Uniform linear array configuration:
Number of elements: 4
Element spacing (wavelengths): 1
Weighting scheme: hamming
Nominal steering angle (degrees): -45
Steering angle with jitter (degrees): -43.168
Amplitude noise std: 0.05
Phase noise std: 0.05

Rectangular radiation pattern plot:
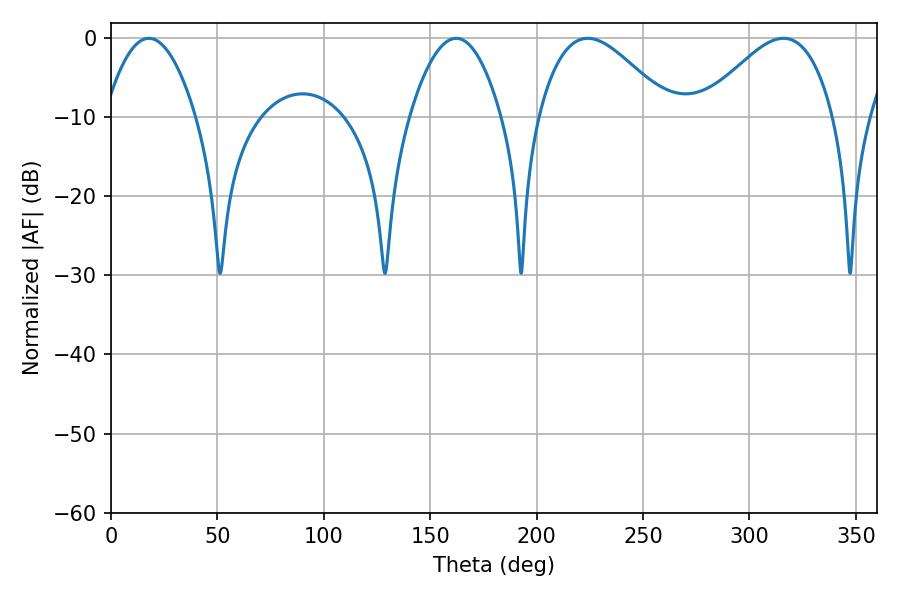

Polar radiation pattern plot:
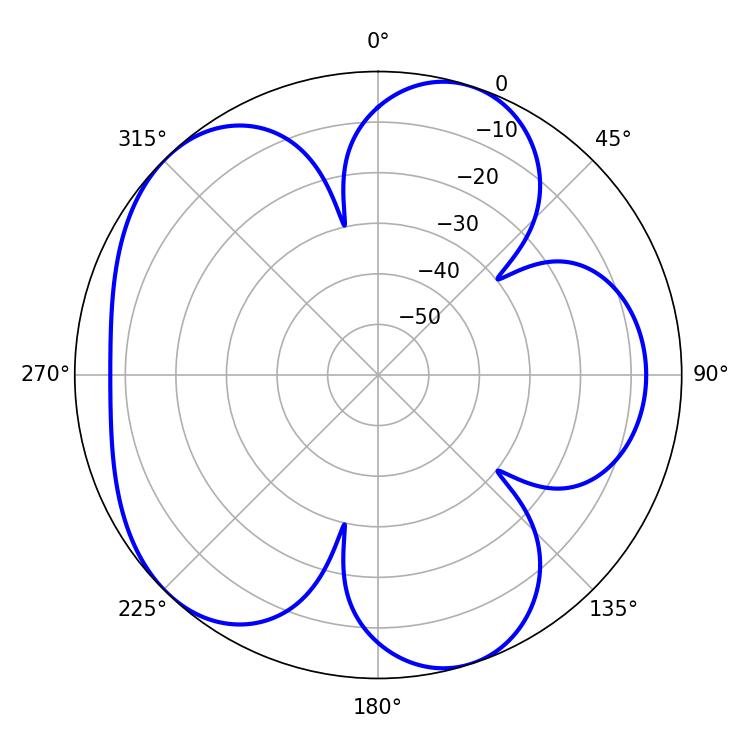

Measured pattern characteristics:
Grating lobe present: TRUE
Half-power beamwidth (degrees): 23.58
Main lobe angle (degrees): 17.82